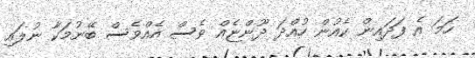
ހަމަ އެ ފަދައިން ކެއުން ހުއްދަ ދޫންޏެއް ވެސް އެއްވެސް ބޭނުމަކާ ނުލައި